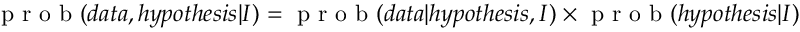
\mathrm { ~ p ~ r ~ o ~ b ~ } ( d a t a , h y p o t h e s i s | I ) = \mathrm { ~ p ~ r ~ o ~ b ~ } ( d a t a | h y p o t h e s i s , I ) \times \mathrm { ~ p ~ r ~ o ~ b ~ } ( h y p o t h e s i s | I )